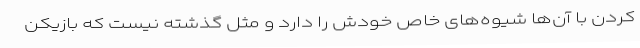
کردن با آن‌ها شیوه‌های خاص خودش را دارد و مثل گذشته نیست که بازیکن